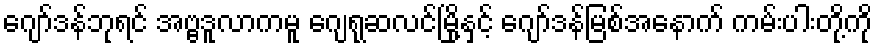
ဂျော်ဒန်ဘုရင် အဗ္ဗဒူလာကမူ ဂျေရုဆလင်မြို့နှင့် ဂျော်ဒန်မြစ်အနောက် ကမ်းပါးတို့ကို